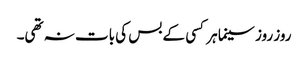
روز روز سینما ہر کسی کے بس کی بات نہ تھی۔